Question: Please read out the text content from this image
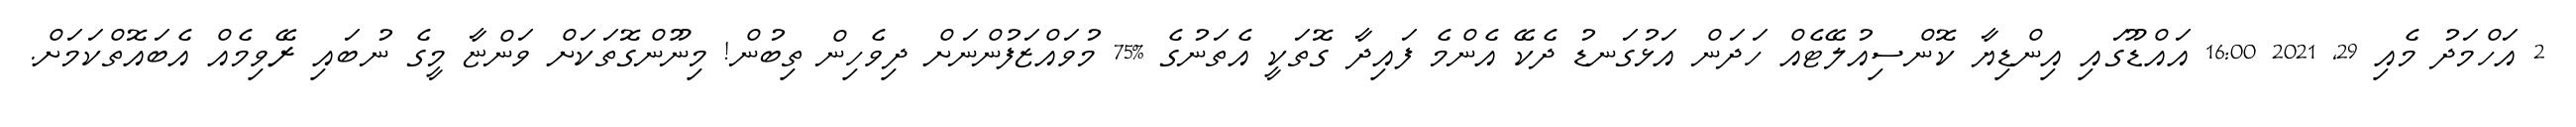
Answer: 2 އަހްމަދު މެއި 29, 2021 16:00 އައްޑޫގައި އިންޑިޔާ ކޮންސިއުލޭޓެއް ހަދަން އަޅުގަނޑު ދެކޭ އެންމެ ފައިދާ ގޮތަކީ އެތަނުގެ %75 މުވައްޒަފުންނަށް ދިވެހިން ތިބުން! މިނޫންގޮތަކަށް ވަންޏާ މީގެ ނުބައި ރޭވިމެއް އެބައޮތްކަމަށް.